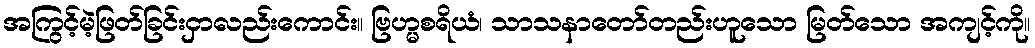
အကြွင့်မဲ့ဖြတ်ခြင်းငှာလည်းကောင်း။ ဗြဟ္မစရိယံ၊ သာသနာတော်တည်းဟူသော မြတ်သော အကျင့်ကို။